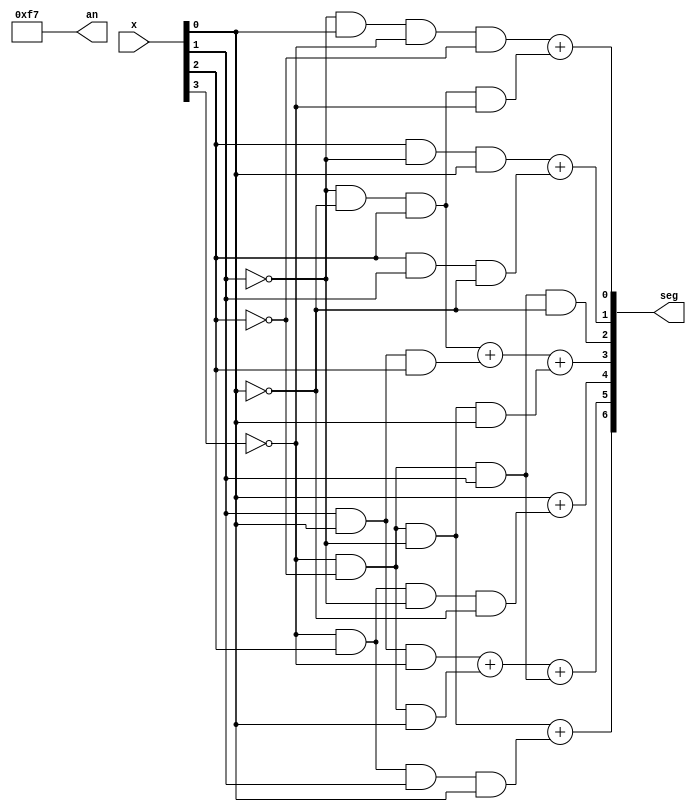
module number2(
    input [3:0]x, 
    //output [7:0]an,
    output [6:0] seg,
    output [7:0] an
    );
   assign seg[0] = (~x[1]&x[0]&~x[3]&~x[2])  + (~x[1]&~x[0]&x[2]& (~x[3]));
   assign seg[1] = (x[2]&~x[1]&x[0]) + (x[2]&x[1]&~x[0]);
   assign seg[2] = ~x[3]&~x[2]&x[1]&~x[0];
   assign seg[3] = (~x[1]&~x[0]&x[2]) + (x[1]&x[0]&x[2]) + (~x[3]&~x[2]&~x[1]&x[0]);
   assign seg[4] = x[0] + (~x[3]&x[2]&~x[1]&~x[0]);
   assign seg[5] = (x[1]&x[0]&~x[3]) + (~x[3]&~x[2]&x[0]) + (~x[3]&~x[2]&x[1]);
   assign seg[6] = (~x[3]&~x[2]&~x[1]) + (~x[3]&x[2]&x[1]&x[0]);
   
   assign an = 8'b11110111;
    
endmodule